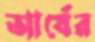
আর্যের